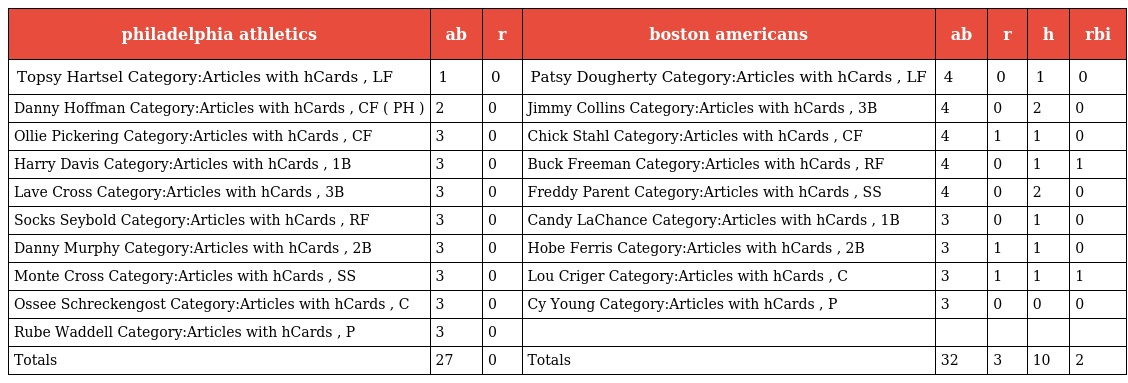
| philadelphia athletics | ab | r | boston americans | ab | r | h | rbi |
 | --- | --- | --- | --- | --- | --- | --- | --- |
 | Topsy Hartsel Category:Articles with hCards , LF | 1 | 0 | Patsy Dougherty Category:Articles with hCards , LF | 4 | 0 | 1 | 0 |
 | Danny Hoffman Category:Articles with hCards , CF ( PH ) | 2 | 0 | Jimmy Collins Category:Articles with hCards , 3B | 4 | 0 | 2 | 0 |
 | Ollie Pickering Category:Articles with hCards , CF | 3 | 0 | Chick Stahl Category:Articles with hCards , CF | 4 | 1 | 1 | 0 |
 | Harry Davis Category:Articles with hCards , 1B | 3 | 0 | Buck Freeman Category:Articles with hCards , RF | 4 | 0 | 1 | 1 |
 | Lave Cross Category:Articles with hCards , 3B | 3 | 0 | Freddy Parent Category:Articles with hCards , SS | 4 | 0 | 2 | 0 |
 | Socks Seybold Category:Articles with hCards , RF | 3 | 0 | Candy LaChance Category:Articles with hCards , 1B | 3 | 0 | 1 | 0 |
 | Danny Murphy Category:Articles with hCards , 2B | 3 | 0 | Hobe Ferris Category:Articles with hCards , 2B | 3 | 1 | 1 | 0 |
 | Monte Cross Category:Articles with hCards , SS | 3 | 0 | Lou Criger Category:Articles with hCards , C | 3 | 1 | 1 | 1 |
 | Ossee Schreckengost Category:Articles with hCards , C | 3 | 0 | Cy Young Category:Articles with hCards , P | 3 | 0 | 0 | 0 |
 | Rube Waddell Category:Articles with hCards , P | 3 | 0 |  |  |  |  |  |
 | Totals | 27 | 0 | Totals | 32 | 3 | 10 | 2 |